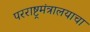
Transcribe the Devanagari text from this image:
परराष्ट्रमंत्रालयाचा